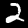
Label: 2